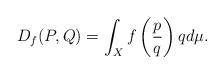
LaTeX: \begin{align*}D_f(P,Q)= \int_{X} f\left(\frac{p}{q} \right) q d\mu.\end{align*}